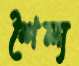
শৈল্য